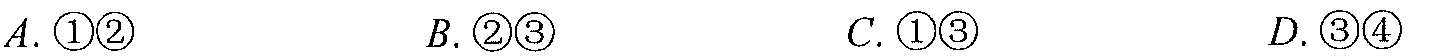
$A.\ \textcircled{1}\textcircled{2}\quad B.\ \textcircled{2}\textcircled{3}\quad C.\ \textcircled{1}\textcircled{3}\quad D.\ \textcircled{3}\textcircled{4}$